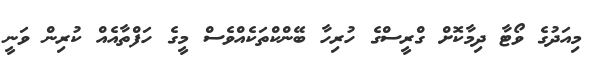
މިއަދުގެ ވޯޓާ ދިމާކޮށް ގްރީސްގެ ހުރިހާ ބޭންކްތަކެއްވެސް މީގެ ހަފްތާއެއް ކުރިން ވަނީ